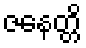
ဇနေတ္တိ